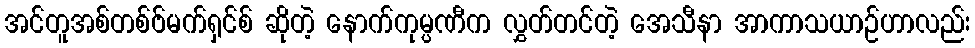
အင်တူအစ်တစ်ဗ်မက်ရှင်စ် ဆိုတဲ့ နောက်ကုမ္ပဏီက လွှတ်တင်တဲ့ အေသီနာ အာကာသယာဉ်ဟာလည်း